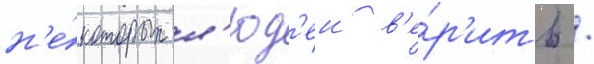
н'е́которых л'юд'еи в'е́р'ить /